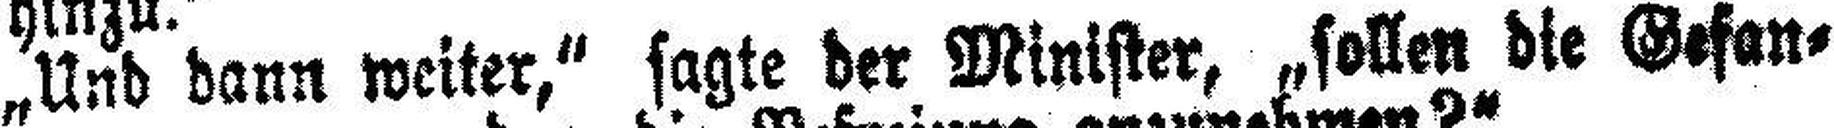
„Und dann weiter,“ sagte der Minister, „sollen die Gefan¬